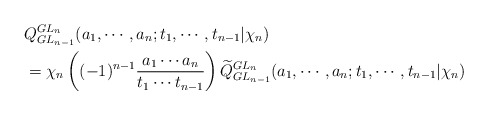
\begin{align*} &Q_{GL_{n-1}}^{GL_{n}}(a_1,\cdots,a_n;t_1,\cdots, t_{n-1}|\chi_n) \\ &=\chi_n\left((-1)^{n-1}\frac{a_1\cdots a_n}{t_1\cdots t_{n-1}}\right)\widetilde{Q}_{GL_{n-1}}^{GL_{n}}(a_1,\cdots,a_n;t_1,\cdots, t_{n-1}|\chi_n)\end{align*}